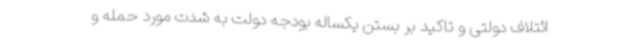
ائتلاف دولتی و تاکید بر بستن یکساله بودجه دولت به شدت مورد حمله و